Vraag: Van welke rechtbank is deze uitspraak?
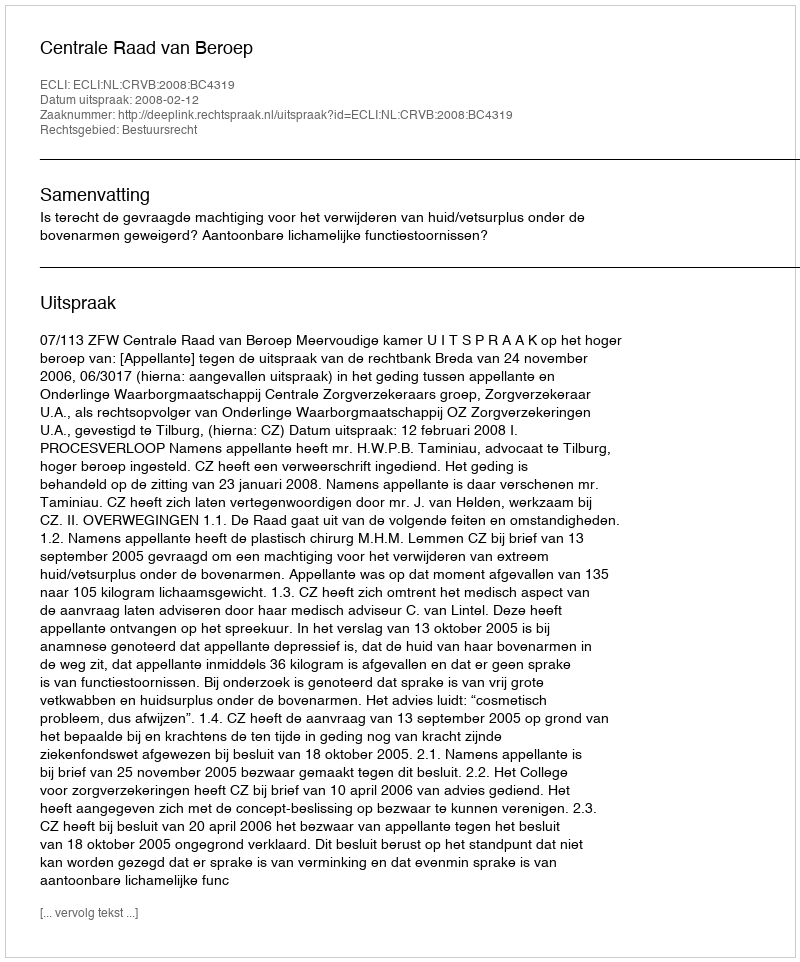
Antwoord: Centrale Raad van Beroep